65_HS1-834228961_62-HQ-83894_Section_9
Agency: FBI
Page 25
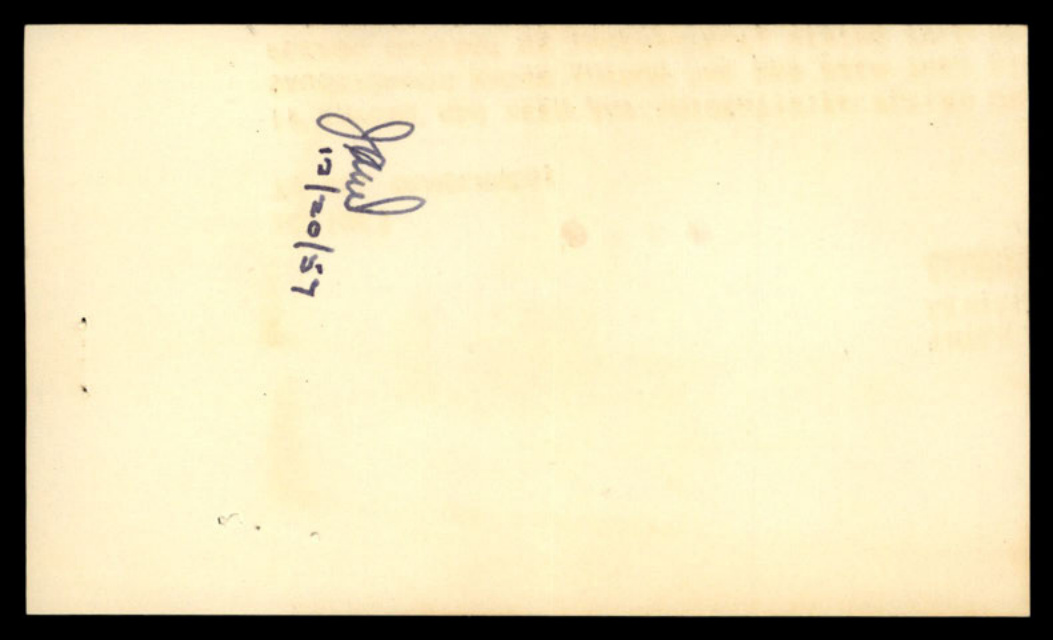